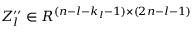
Z _ { l } ^ { \prime \prime } \in R ^ { ( n - l - k _ { l } - 1 ) \times ( 2 n - l - 1 ) }